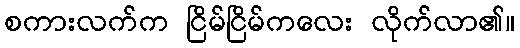
စကားလက်က ငြိမ်ငြိမ်ကလေး လိုက်လာ၏။